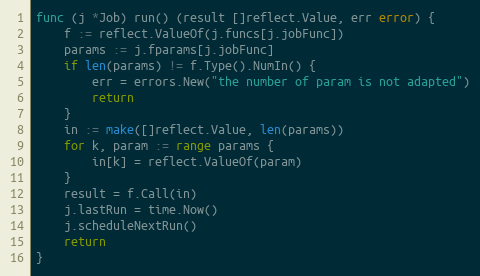
Language: Go
func (j *Job) run() (result []reflect.Value, err error) {
	f := reflect.ValueOf(j.funcs[j.jobFunc])
	params := j.fparams[j.jobFunc]
	if len(params) != f.Type().NumIn() {
		err = errors.New("the number of param is not adapted")
		return
	}
	in := make([]reflect.Value, len(params))
	for k, param := range params {
		in[k] = reflect.ValueOf(param)
	}
	result = f.Call(in)
	j.lastRun = time.Now()
	j.scheduleNextRun()
	return
}